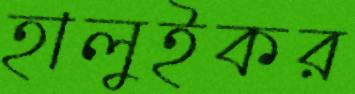
হালুইকর